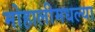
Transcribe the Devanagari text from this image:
मोहालीमधल्या